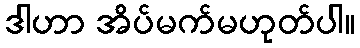
ဒါဟာ အိပ်မက်မဟုတ်ပါ။